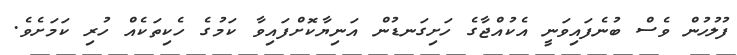
ފުލުުހުން ވެސް ބުނެފައިވަނީ އެކުއްޖާގެ ހަށިގަނޑުން އަނިޔާކޮށްފައިވާ ކަމުގެ ހެކިތަކެއް ހުރި ކަމަށެވެ.